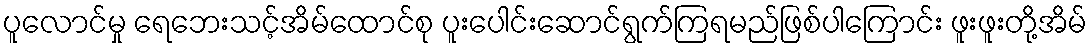
ပူလောင်မှု ရေဘေးသင့်အိမ်ထောင်စု ပူးပေါင်းဆောင်ရွက်ကြရမည်ဖြစ်ပါကြောင်း ဖူးဖူးတို့အိမ်